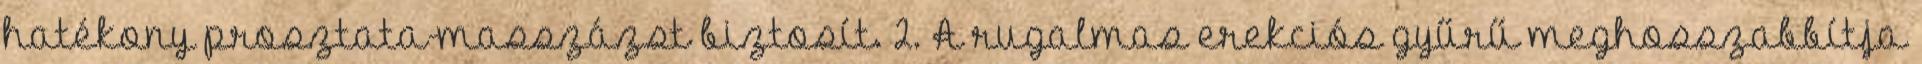
hatékony prosztata-masszázst biztosít. 2. A rugalmas erekciós gyűrű meghosszabbítja